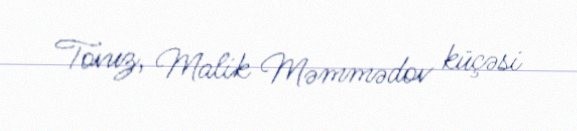
Tovuz, Malik Məmmədov küçəsi